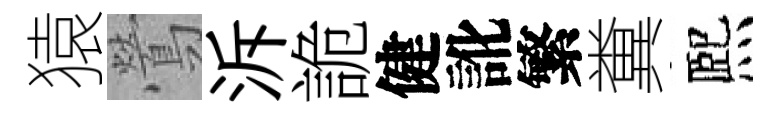
猿鶯泝詭健訛繁糞熈